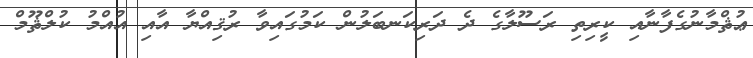
ޢުޘްމާނުގެފާނާއި ކީރިތި ރަސޫލާގެ ދެ ދަރިކަނބަލުން ކަމުގައިވާ ރުޤިއްޔާ އާއި އުއްމު ކުލްޘޫމް